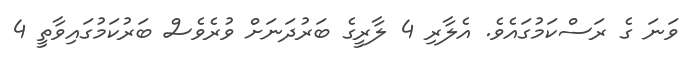
ވަނަ ގެ ރަސްކަމުގައެވެ. އެލާރި 4 ލާރީގެ ބަރުދަނަށް ވުރެވެސް ބަރުކަމުގައިވާތީ 4